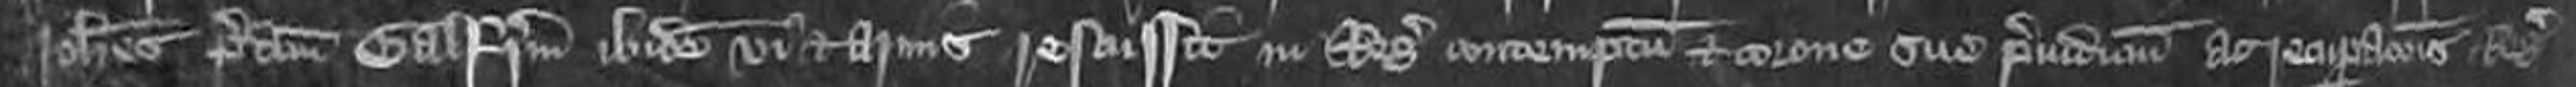
Johannes predictum Galfridum ibidem vi et armis rescussit in Regis contemptum et corone sue preiudicium ac recuperationis Regis